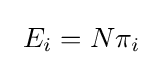
~E_{i}=N\pi _{i}~